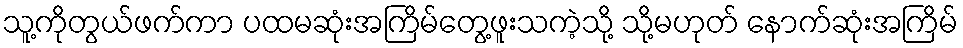
သူ့ကိုတွယ်ဖက်ကာ ပထမဆုံးအကြိမ်တွေ့ဖူးသကဲ့သို့ သို့မဟုတ် နောက်ဆုံးအကြိမ်